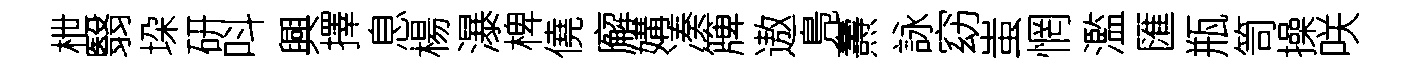
枻翳垜研呌興擇息楊瀑椑僥廨媾凑簰遨鳬燾詠窈蚩惘濫匯瓶笥操咲